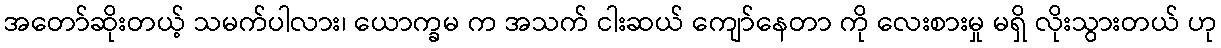
အတော်ဆိုးတယ့် သမက်ပါလား၊ ယောက္ခမ က အသက် ငါးဆယ် ကျော်နေတာ ကို လေးစားမှု မရှိ လိုးသွားတယ် ဟု